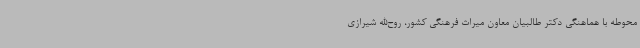
محوطه با هماهنگی دکتر طالبیان معاون میراث فرهنگی کشور، روح‌الله شیرازی